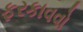
ફરકાવવો